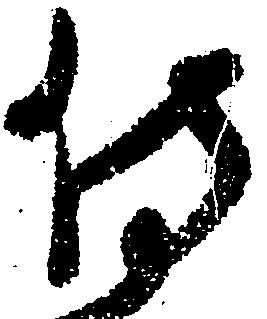
侍